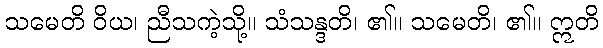
သမေတိ ဝိယ၊ ညီသကဲ့သို့။ သံသန္ဒတိ၊ ၏။ သမေတိ၊ ၏။ ဣတိ